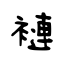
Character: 褳